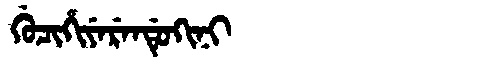
Manchu: ᡤᡠᠴᡳᡥᡳᠶᡝᡵᡝᠨᡩᡠᡴᡳᠨᡳ
Romanization: GUCIHIYERENDUKINI